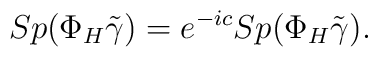
Sp(\Phi_H\tilde\gamma)=e^{-ic}Sp(\Phi_H\tilde\gamma).